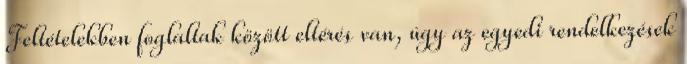
Feltételekben foglaltak között eltérés van, úgy az egyedi rendelkezések